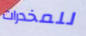
للمخدرات